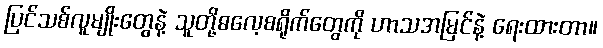
ပြင်သစ်လူမျိုးတွေနဲ့ သူတို့ဓလေ့စရိုက်တွေကို ဟာသအမြင်နဲ့ ရေးထားတာ။